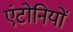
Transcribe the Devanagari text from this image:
एंटोनियों